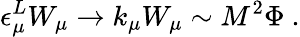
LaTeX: \epsilon_{\mu}^{L}W_{\mu}\to k_{\mu}W_{\mu}\sim M^{2}\Phi~.